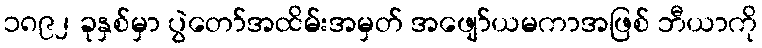
၁၈၉၂ ခုနှစ်မှာ ပွဲတော်အထိမ်းအမှတ် အဖျော်ယမကာအဖြစ် ဘီယာကို